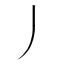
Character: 丿